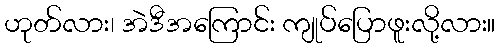
ဟုတ်လား၊ အဲဒီအကြောင်း ကျုပ်ပြောဖူးလို့လား။